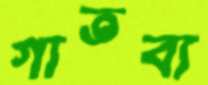
গাতব্য